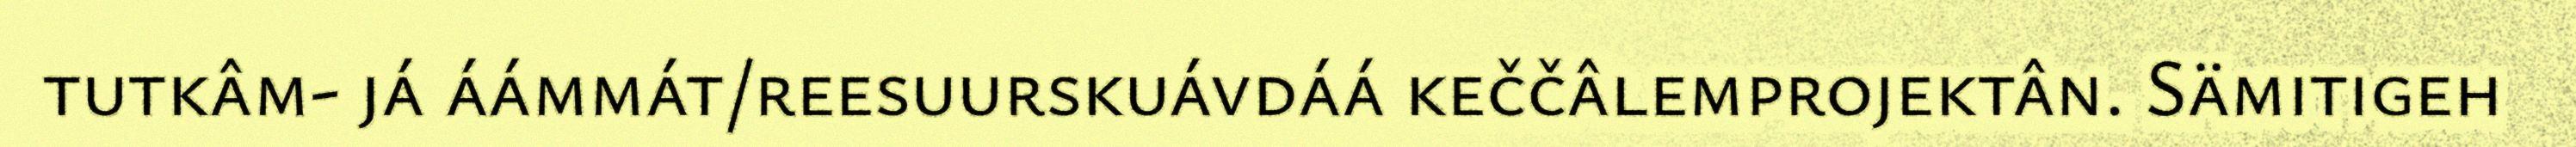
tutkâm- já áámmát/reesuurskuávdáá keččâlemprojektân. Sämitigeh